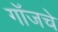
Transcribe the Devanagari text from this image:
गॉजचे